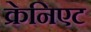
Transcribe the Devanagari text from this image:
क्रेनिएट